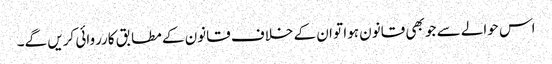
اس حوالے سے جو بھی قانون ہوا تو ان کے خلاف قانون کے مطابق کارروائی کریں گے۔